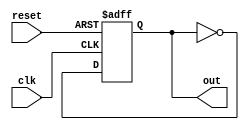
module async_reset_block (
    input wire clk,      // Clock signal
    input wire reset,    // Asynchronous reset signal
    output reg out       // Output state
);

// Define the reset value
parameter RESET_VALUE = 1'b0;

always @(posedge clk or posedge reset) begin
    if (reset) begin
        out <= RESET_VALUE; // Set output to reset value immediately
    end else begin
        // Normal operation logic goes here
        // For example, we can toggle the output or set it based on some condition
        // This is just an example; replace with actual logic as needed
        out <= ~out; // Toggle output for demonstration purposes
    end
end

endmodule